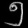
Digit: ၅